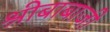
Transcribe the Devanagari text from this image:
श्रीबाबाजी